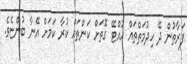
ފަރާތުން ދޭ ހިދުމަތްތައް ހުއްޓޭ ގޮތަށް ކަންތައް ކުރާ ކަމަށް އޭނާ ބުންޏެވެ.